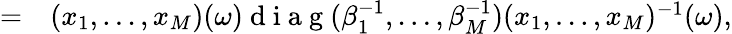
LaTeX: \begin{array}{rl}{=}&{{}(x_{1},\ldots,x_{M})(\omega)\mathrm{~d~i~a~g~}(\beta_{1}^{-1},\ldots,\beta_{M}^{-1})(x_{1},\ldots,x_{M})^{-1}(\omega),}\end{array}